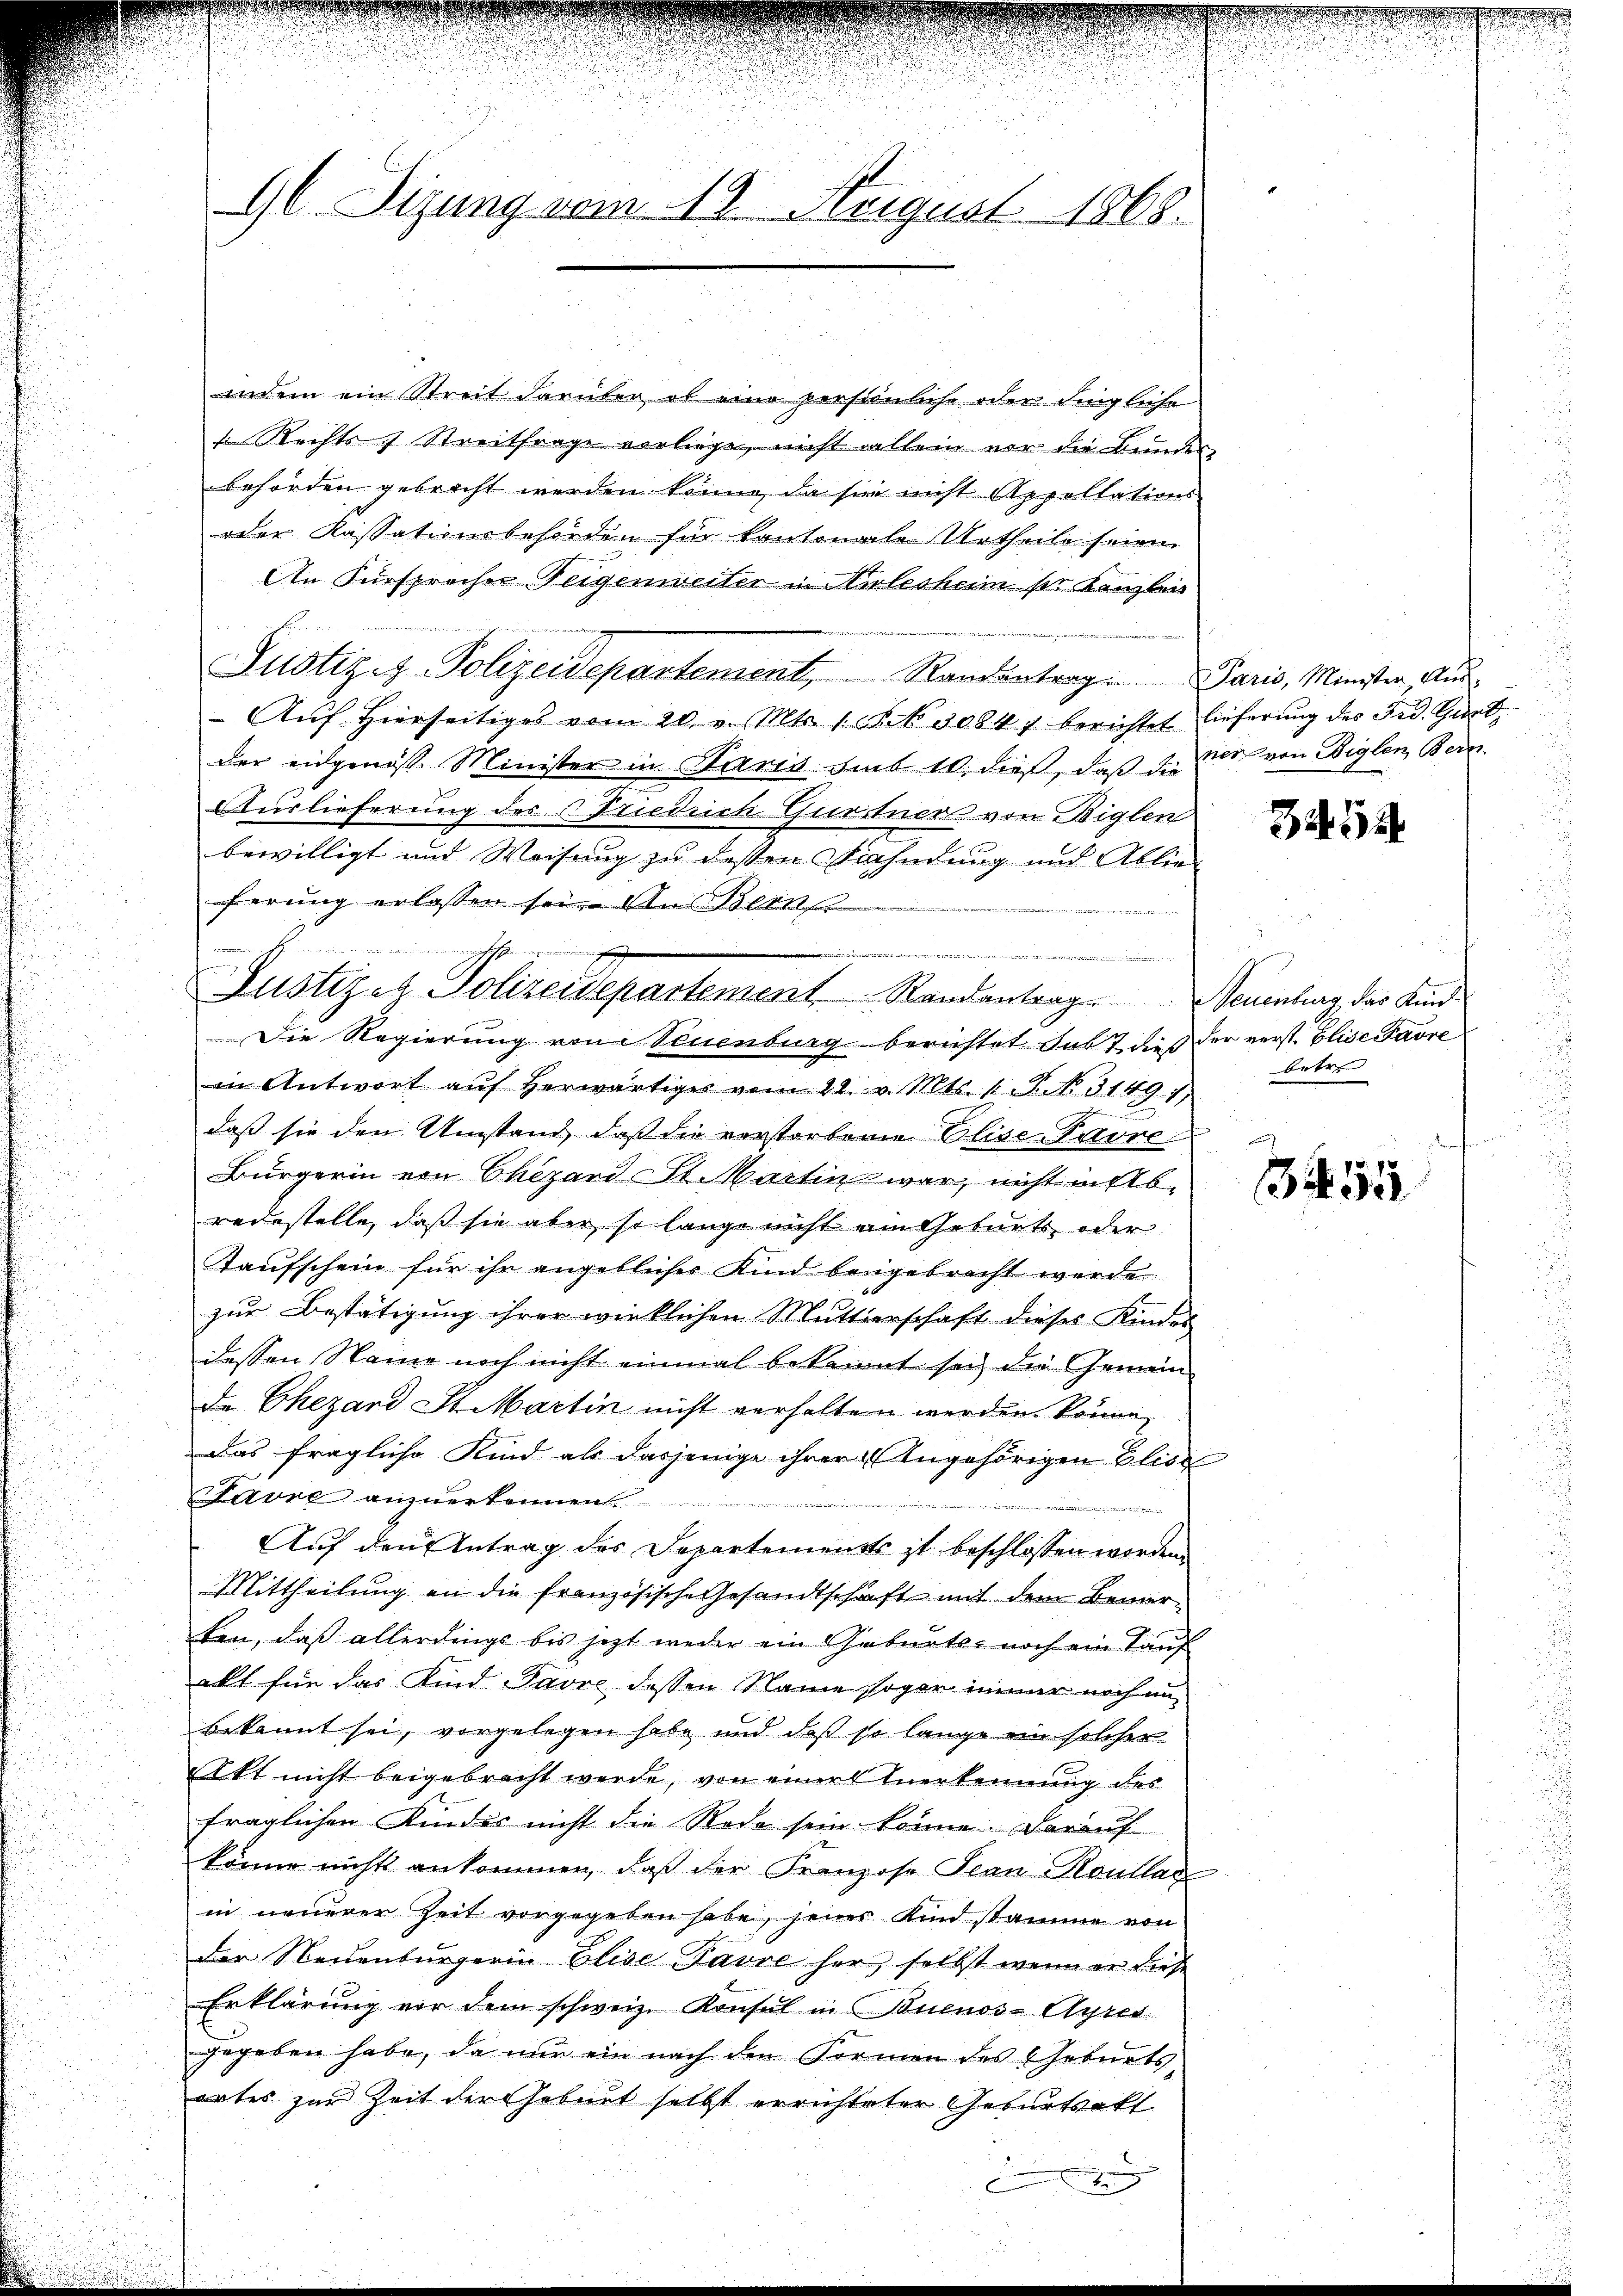
96. Sizung vom 18. Neigust 1868.

indem ein Streit darüber, ob eine persönliche oder dingliche
so Rechts Streitfrage vorliege, nicht allein vor die Bundes
behörden gebracht werden könne, da sie nicht Appellations
oder Kassationsbehörden für kantonale Urtheile seien.
An Fürsprocher Teigenweiter in Arlesheim sie Kanzleis
Justizis-Polizeidepartement, Standentrag. Paris, Minister Aus-
Auf hierseitiges vom 20. v. Mts. 1 Frk. 30847 berichtet lieferung des Fid. Gurt,
der eidgenöss. Minister in Paris sub 10. dieß, daß die der von Biglen, Bern.
Auslieferung des Friedrich Quertner von Biglen
bewilligt und Weisung zu dessen Fahndung und Ablieferung erlassen sei. Am Blin
Die Regierung von Neuenburg berichtet subt dieß der verst. Elise avre
in Antwort aŭf herwärtiges vom 22. v. Mts. 1. P. No. 3149. 1
daß sie den Umstand, daß die verstorbene Elise-Potore
Bürgerin von Chezard St. Martin war, nicht in Abredestelle, daß sie aber so lange nicht am Geburts oder
Taufschein für ihr angeblicher Kind beigebracht werde.
zur Bestätigung ihrer wirklichen Mutterschaft dieses Kindes
dessen Name noch nicht einmal bekannt sei, die Gemeinde Chezard St. Martin nicht verhalten werden könne,
Das fragliche Kind als dasjenige ihrer Angehörigen Elise
Favre anzuerkennen.
iebig und 121
e
Auf den Antrag des Departements ist beschlossen worden.
Mittheilung an die französische Gesandtschaft mit dem Bemerten, daß allerdings bis jetzt weder ein Geburts- noch ein Kauf
akt für das Kind Favre dessen Name sogar immer noch an
bekannt sei, vorgelegen habe und daß so lange ein solcher
Akt nicht beigebracht werde, von einer Anerkennung des
fraglichen Kindes nicht die Rede sein könne. Darauf
könne nichts ankommen, daß der Franzose Jean Roullar
in neuerer Zeit vorgegeben habe, jener Kind stamme von
der Neuenburgerin Elise Pavve her, selbst wenn er diese
Erklärung vor dem schweiz. Konsul in Buenos-Ayres
gegeben habe, da nur ein nach den Formen des Geburts-
ortes zur Zeit der Gebiet selbst errichteter Geburtsakt
g
C

hen
Justizen Polizeidepartement Randantrag. Neuenburg das Kind

......

34. 524

u
betre

3455

e